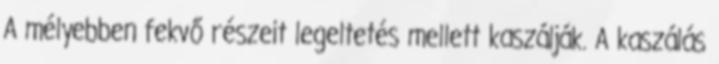
A mélyebben fekvő részeit legeltetés mellett kaszálják. A kaszálás